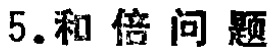
5.和倍问题